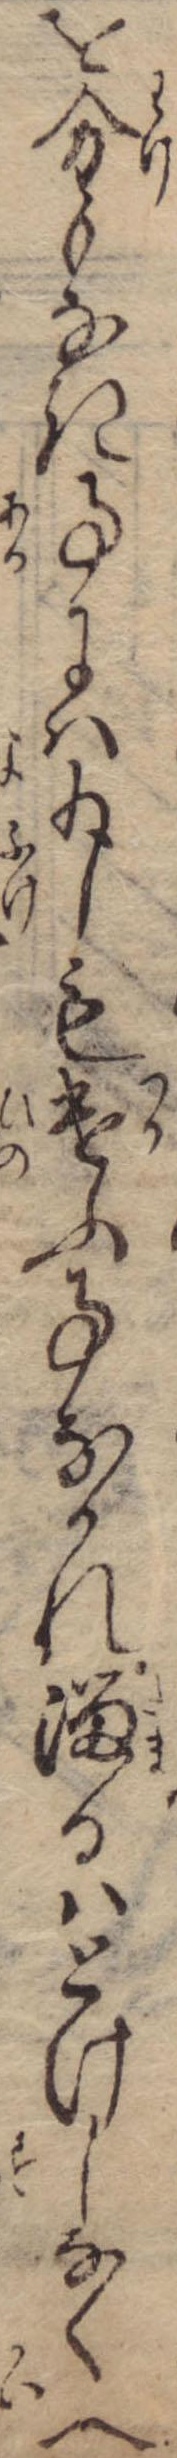
を分もなき事には少しも遣ふ事なかれ溜るはとけしなくへ